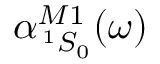
\alpha _ { \, ^ { 1 } S _ { 0 } } ^ { M 1 } ( \omega )